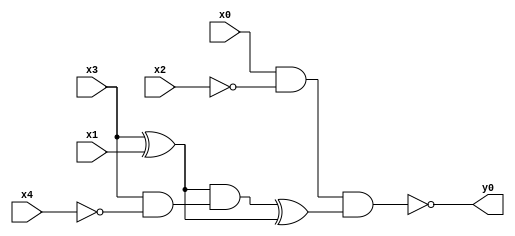
module top( x0 , x1 , x2 , x3 , x4 , y0 );
  input x0 , x1 , x2 , x3 , x4 ;
  output y0 ;
  wire n6 , n7 , n8 , n9 , n10 , n11 ;
  assign n6 = x0 & ~x2 ;
  assign n7 = x3 ^ x1 ;
  assign n8 = x3 & ~x4 ;
  assign n9 = n7 & n8 ;
  assign n10 = n9 ^ n7 ;
  assign n11 = n6 & n10 ;
  assign y0 = ~n11 ;
endmodule